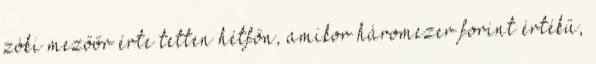
zóki mezőőr érte tetten hétfőn, amikor háromezer forint értékű,